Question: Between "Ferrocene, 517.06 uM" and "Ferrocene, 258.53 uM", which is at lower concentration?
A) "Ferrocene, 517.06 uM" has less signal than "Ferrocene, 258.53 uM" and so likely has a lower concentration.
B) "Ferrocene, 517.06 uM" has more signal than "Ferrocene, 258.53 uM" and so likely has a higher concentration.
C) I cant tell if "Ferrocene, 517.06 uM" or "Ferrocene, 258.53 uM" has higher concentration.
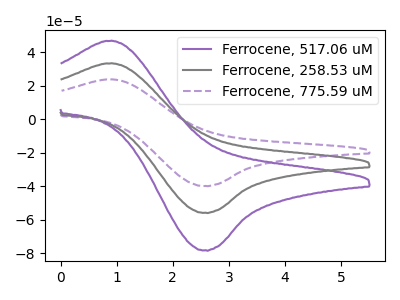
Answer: <think>The purple curve "Ferrocene, 517.06 uM" has an anodic peak at (0.90V, 46.85uA) and a cathodic peak at (2.60V, -78.10uA). The gray curve "Ferrocene, 258.53 uM" has an anodic peak at (0.90V, 33.40uA) and a cathodic peak at (2.60V, -55.70uA). The purple dashed curve "Ferrocene, 775.59 uM" has an anodic peak at (0.90V, 66.80uA) and a cathodic peak at (2.60V, -111.45uA).
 All the peaks in "Ferrocene, 517.06 uM" have a peak in "Ferrocene, 258.53 uM" at the same potential. Every peak in "Ferrocene, 517.06 uM" is higher than every peak in "Ferrocene, 258.53 uM".</think>
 <answer>B) "Ferrocene, 517.06 uM" has more signal than "Ferrocene, 258.53 uM" and so likely has a higher concentration.</answer>
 <eval>B</eval>